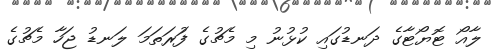
ލާއޯ ޓޮޔޯޓާގެ ދަނޑުގައި ކުޅުނު މި މެޗުގެ ފުަރަތަމަ ލަނޑު ޖަހާ މެޗުގެ